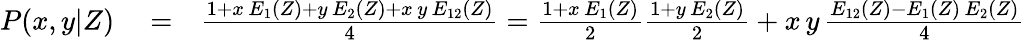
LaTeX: \begin{array}{rlr}{P(x,y|Z)}&{{}=}&{\frac{1+x\, E_{1}(Z)+y\, E_{2}(Z)+x\, y\, E_{12}(Z)}{4}=\frac{1+x\, E_{1}(Z)}{2}\frac{1+y\, E_{2}(Z)}{2}+x\, y\, \frac{E_{12}(Z)-E_{1}(Z)\, E_{2}(Z)}{4}}\end{array}